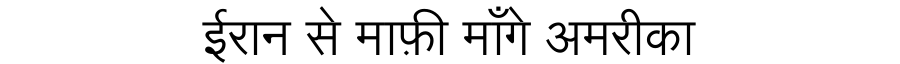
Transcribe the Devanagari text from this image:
ईरान से माफ़ी माँगे अमरीका